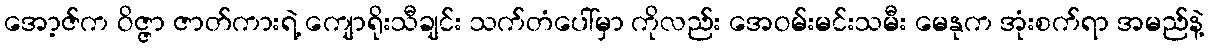
အော့ဇ်က ဝိဇ္ဇာ ဇာတ်ကားရဲ့ ကျောရိုးသီချင်း သက်တံပေါ်မှာ ကိုလည်း အေဝမ်းမင်းသမီး မေနုက အုံးစက်ရာ အမည်နဲ့